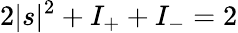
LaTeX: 2|s|^{2}+I_{+}+I_{-}=2